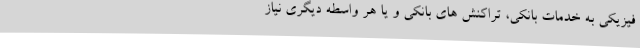
فیزیکی به خدمات بانکی، تراکنش های بانکی و یا هر واسطه دیگری نیاز